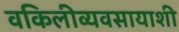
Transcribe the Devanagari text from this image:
वकिलीव्यवसायाशी